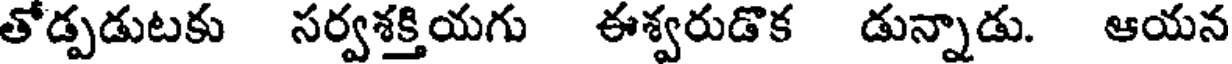
తోడ్పడుటకు సర్వశక్తియగు ఈశ్వరుడొక డున్నాడు. ఆయన